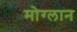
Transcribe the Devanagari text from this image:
मोग्लान